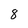
Character: 8